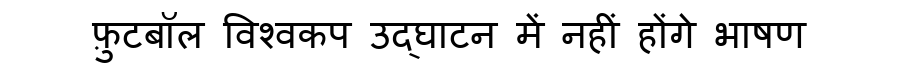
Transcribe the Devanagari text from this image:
फ़ुटबॉल विश्वकप उद्घाटन में नहीं होंगे भाषण